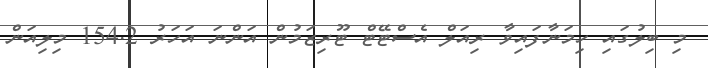
މި ބިލުގައި ހިމަނާފައިވާ ރިއަލް އެސްޓޭޓް ޓޫރިޒަމުން އަންނަ އަހަރު 154.2 މިލިއަން